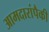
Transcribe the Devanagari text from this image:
आमदारांपैकी